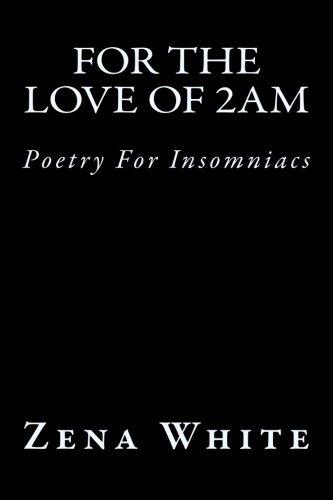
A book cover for For the Love of 2am: Poetry For Insomniacs; Zena A. White; Literature & Fiction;